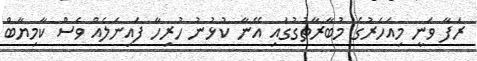
ރަފާ ވަނީ މިއަހަރުގެ މުބާރާތުގުގައި އޭނާ ކުޅުނު ހުރިހާ ފައިނަލެއް ވެސް ކާމިޔާބް